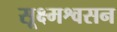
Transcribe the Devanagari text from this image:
सूक्ष्मश्वसन